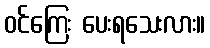
ဝင်ကြေး ပေးရသေးလား။